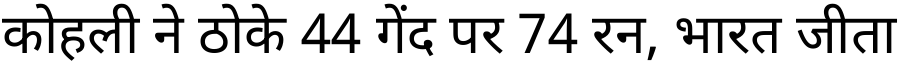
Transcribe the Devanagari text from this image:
कोहली ने ठोके 44 गेंद पर 74 रन, भारत जीता